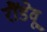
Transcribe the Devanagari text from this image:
रौंडेवू